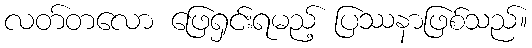
လတ်တလော ဖြေရှင်းရမည့် ပြဿနာဖြစ်သည်။